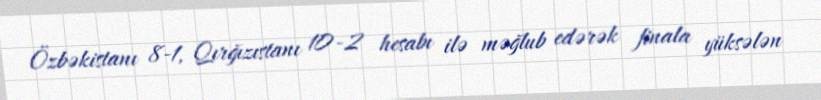
Özbəkistanı 8-1, Qırğızıstanı 10-2 hesabı ilə məğlub edərək finala yüksələn